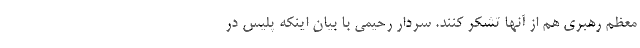
معظم رهبری هم از آنها تشکر کنند. سردار رحیمی با بیان اینکه پلیس در